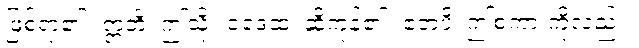
ဖြစ်ရာ၏။ ဣတိ၊ ဤသို့။ ဝဒေထ၊ ဆိုကုန်၏။ ဧတံပိ၊ ဤစကားကိုလည်း။